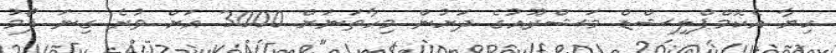
ހިޔާ އެކޮމްޕްލިޝްޑް މަޝްރޫއުގެ ދަށުން މިހާތަނަށް 3000 އަށް ވުރެ ގިނަ ފޯމު